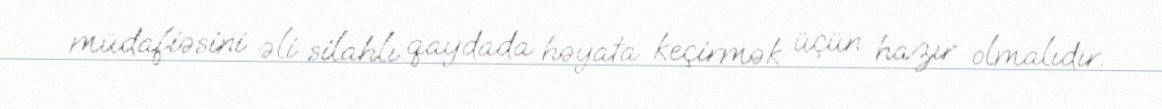
müdafiəsini əli silahlı qaydada həyata keçirmək üçün hazır olmalıdır.